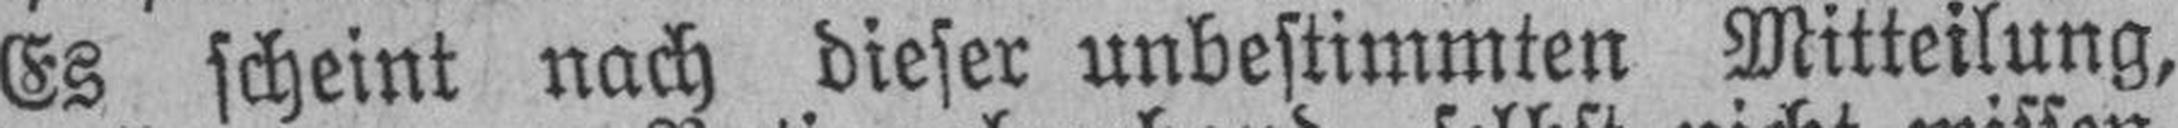
Es scheint nach dieser unbestimmten Mitteilung,